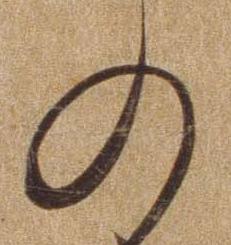
の